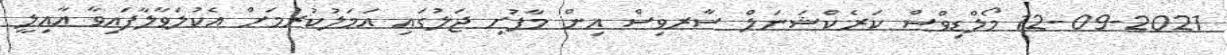
12-09-2021 މޯލްޑިވްސް ކަރެކްޝަނަލް ސާރވިސް އިން މާފުށި ޖަލުގައި ޢަމަލުކުރުމަށް އެކުލަވާލާފައިވާ ޢާއިލީ